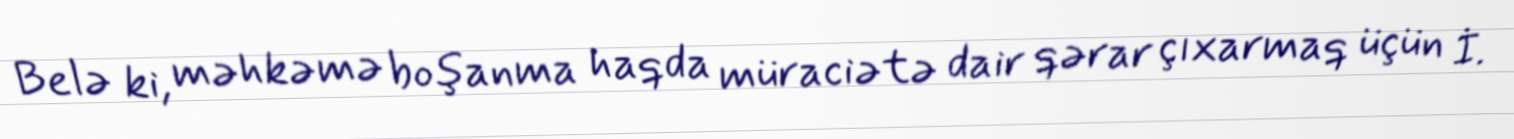
Belə ki, məhkəmə boşanma haqda müraciətə dair qərar çıxarmaq üçün İ.